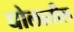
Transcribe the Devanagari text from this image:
घोलातील